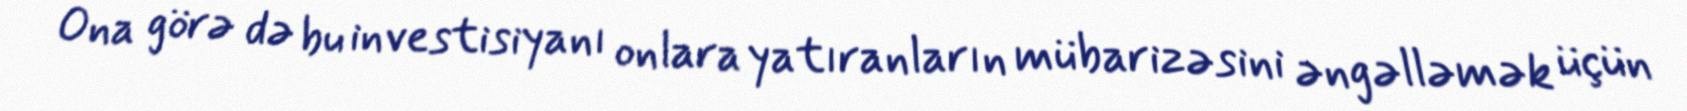
Ona görə də bu investisiyanı onlara yatıranların mübarizəsini əngəlləmək üçün